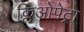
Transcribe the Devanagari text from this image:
क्लिओपेट्रा